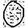
Digit: 0